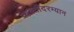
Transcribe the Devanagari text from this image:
व्यक्तींदरम्यान